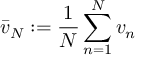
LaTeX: { \bar { v } } _ { N } : = { \frac { 1 } { N } } \sum _ { n = 1 } ^ { N } v _ { n }